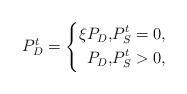
\begin{align*}P_{D}^{t} =\left\{\begin{aligned}\xi P_{D}, &P_S^t = 0,\\P_{D}, &P_S^t > 0,\end{aligned}\right. \end{align*}